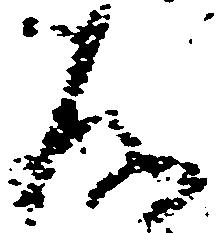
存